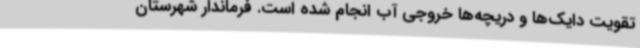
تقویت دایک‌ها و دریچه‌ها خروجی آب انجام شده است. فرماندار شهرستان